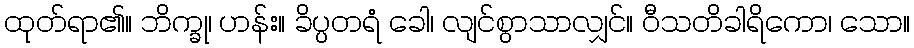
ထုတ်ရာ၏။ ဘိက္ခု၊ ဟန်း။ ခိပ္ပတရံ ခေါ၊ လျင်စွာသာလျှင်။ ဝီသတိခါရိကော၊ သော။